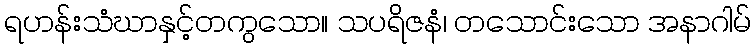
ရဟန်းသံဃာနှင့်တကွသော။ သပရိဇနံ၊ တသောင်းသော အနာဂါမ်